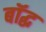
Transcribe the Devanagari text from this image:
बॉद्ध